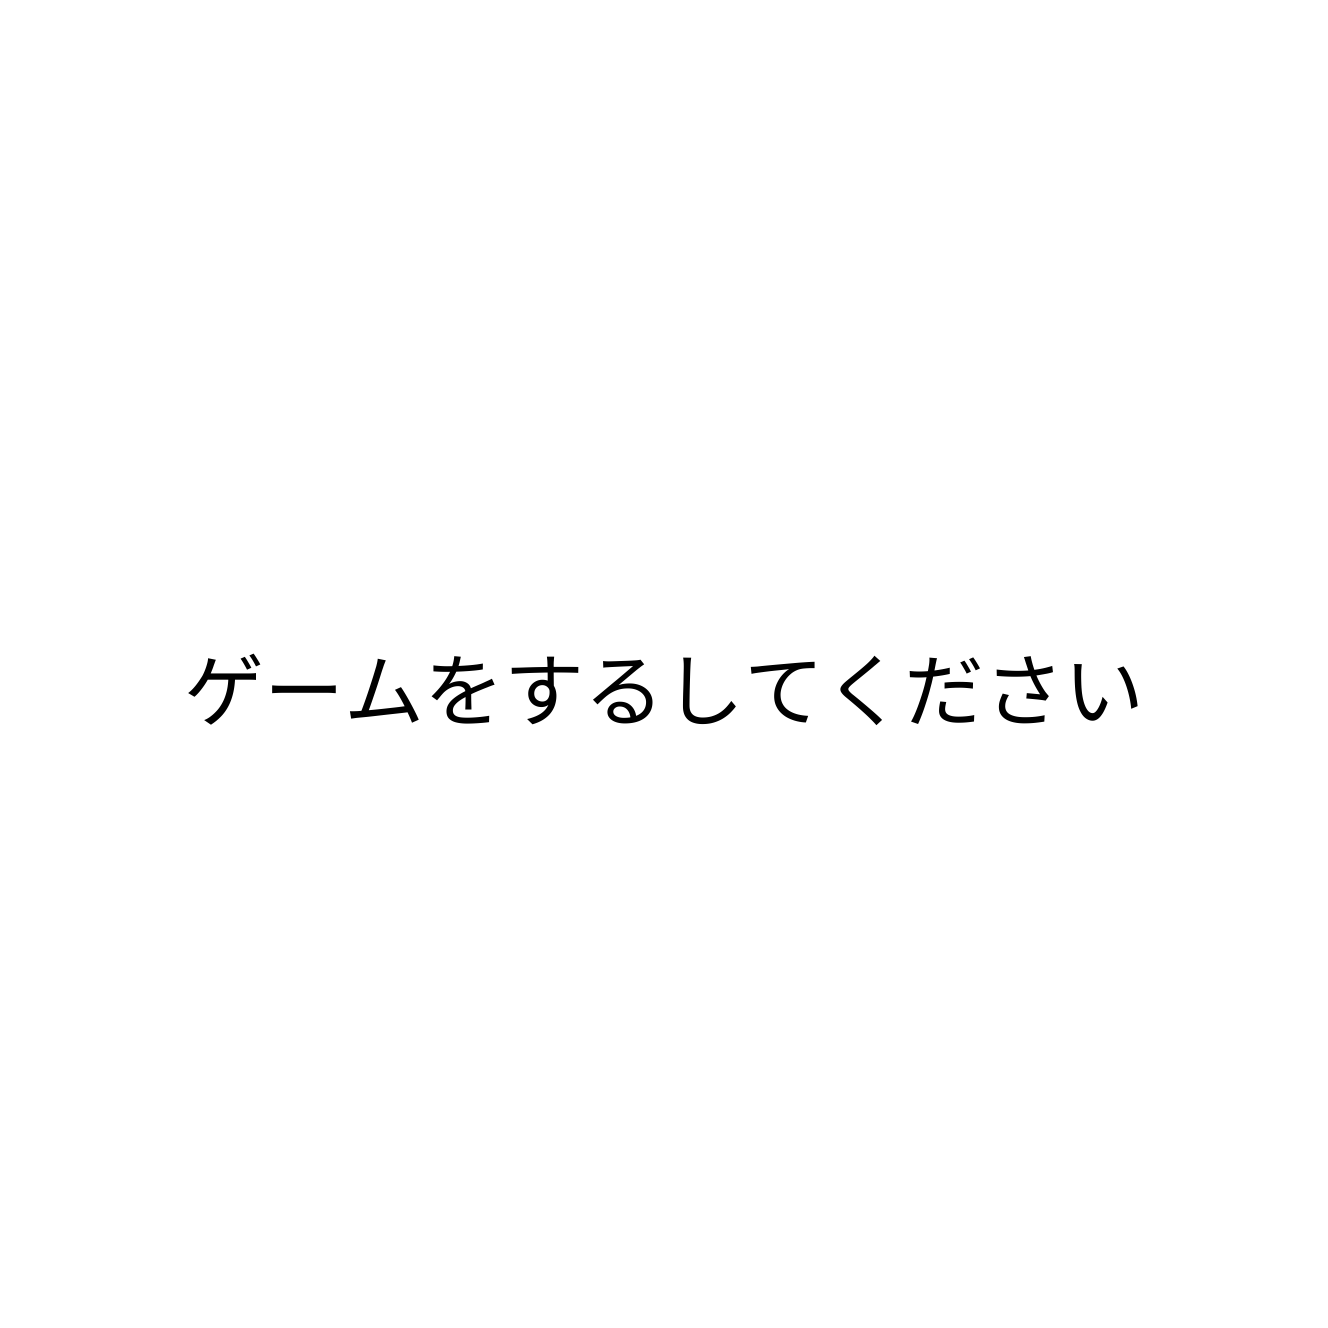
ゲームをするしてください